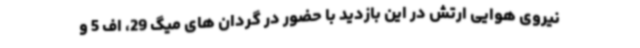
نیروی هوایی ارتش در این بازدید با حضور در گردان های میگ 29، اف 5 و